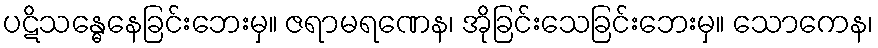
ပဋိသန္ဓေနေခြင်းဘေးမှ။ ဇရာမရဏေန၊ အိုခြင်းသေခြင်းဘေးမှ။ သောကေန၊